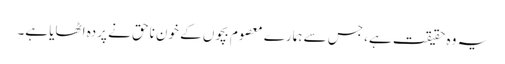
یہ وہ حقیقت ہے، جس سے ہمارے معصوم بچوں کے خون ناحق نے پردہ اٹھایا ہے۔